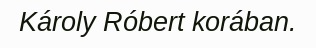
Károly Róbert korában.